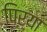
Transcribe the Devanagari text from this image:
पिऱ्या